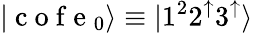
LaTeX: |\mathrm{~c~o~f~e~}_{0}\rangle\equiv|1^{2}2^{\mathord{\uparrow}}3^{\mathord{\uparrow}}\rangle